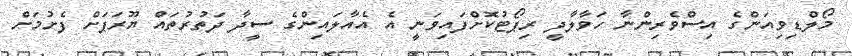
މޯލްޑިވިއަންގެ އިސްވެރިންނާ ހަވާލާދީ ރިޕޯޓުކޮށްފައިވަނީ އެ އެއާލައިންގެ ސީދާ ދަތުރުތައް ޔޫރަޕަށް ފެށުމަށް